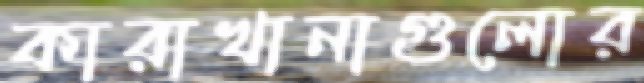
কারাখানাগুলোর